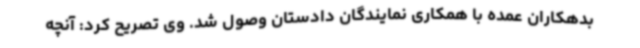
بدهکاران عمده با همکاری نمایندگان دادستان وصول شد. وی تصریح کرد: آنچه